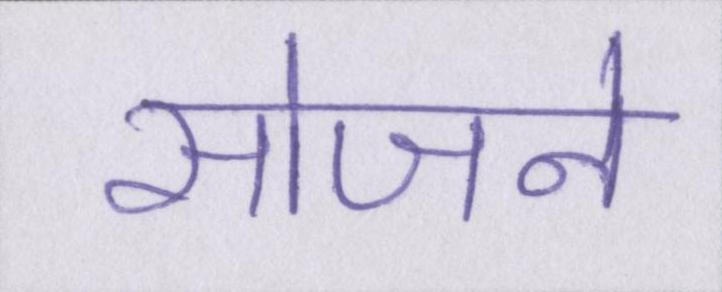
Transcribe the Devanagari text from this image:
सोजने